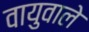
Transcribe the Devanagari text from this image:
वायुवाले